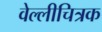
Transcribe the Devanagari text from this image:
वेल्लीचित्रक